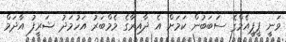
ވަނީ ޕީޕީއެމްގެ ސަބަބުން ކަމަށް އެ ދާއިރާގެ މެމްބަރު އަހުމަދު ޝަރީފު އާދަމް